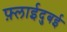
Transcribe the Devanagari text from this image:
फ़्लाईदुबई